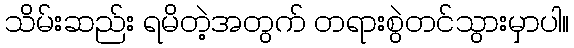
သိမ်းဆည်း ရမိတဲ့အတွက် တရားစွဲတင်သွားမှာပါ။